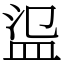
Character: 䀀